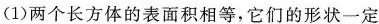
(1)两个长方体的表面积相等，它们的形状一定